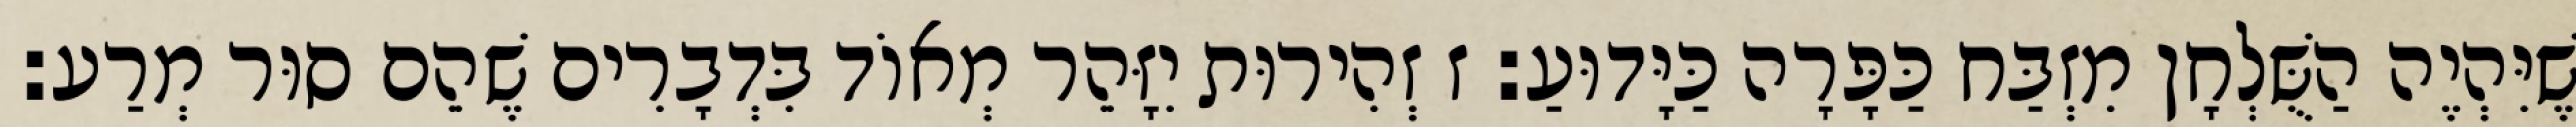
שֶׁיִּהְיֶה הַשֻּׁלְחָן מִזְבַּח כַּפָּרָה כַּיָּדוּעַ: ז זְהִירוּת יִזָּהֵר מְאוֹד בִּדְבָרִים שֶׁהֵם סוּר מְרַע: